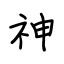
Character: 神